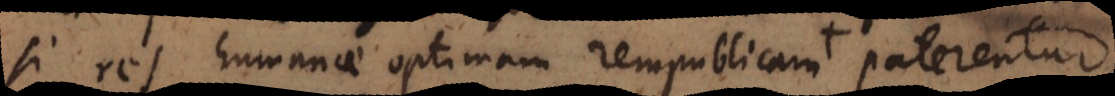
si res humanae optimam rempublicam paterentur